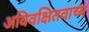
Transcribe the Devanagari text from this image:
अविवक्षितवाच्य